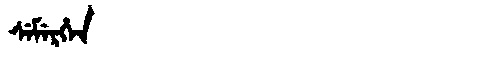
Manchu: ᠰᡝᠮᡝᡵᡥᡝᠨ
Romanization: SEMERHEN